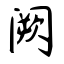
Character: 阙